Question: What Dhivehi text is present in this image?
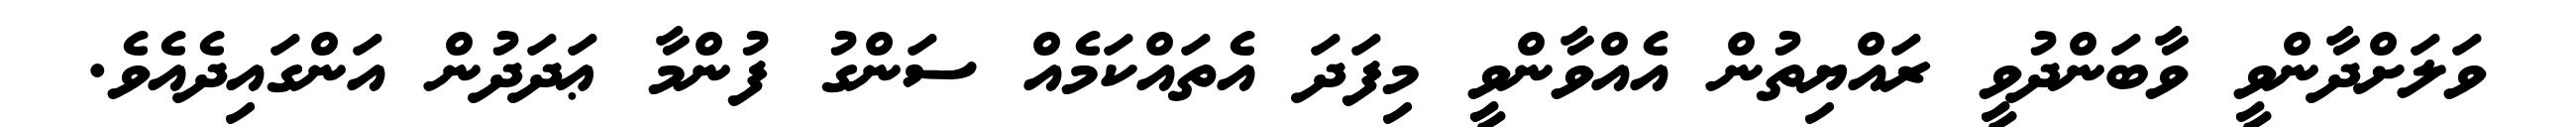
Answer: ވަލަށްދާންވީ ވާބަންދުވީ ރައްޔިތުން އެއްވާންވީ މިފަދަ އެތައްކަމެއް ސަންގު ފުންމާ ޢަދަދުން އަންގައިދެއެވެ.